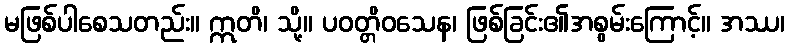
မဖြစ်ပါစေသတည်း။ ဣတိ၊ သို့။ ပဝတ္တိဝသေန၊ ဖြစ်ခြင်း၏အစွမ်းကြောင့်။ အဿ၊